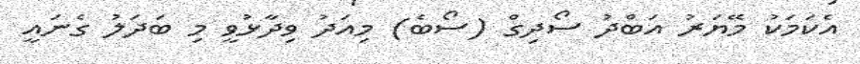
އެކަމަކު މޭޔަރު އަބްދު ސޯދިގް (ސޯބެ) މިއަދު ވިދާޅުވީ މި ބަދަލު ގެނައީ